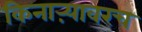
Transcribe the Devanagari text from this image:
किनाऱ्यावरच